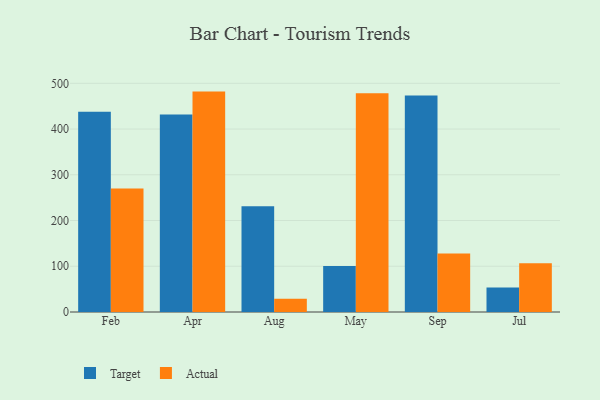
{"axis": {"x": "Month", "y": "Temperature (°C)"}, "legend": ["Actual", "Target"], "data": [{"x": "Feb", "y": 437.9, "type": "Target"}, {"x": "Feb", "y": 270.3, "type": "Actual"}, {"x": "Apr", "y": 432.0, "type": "Target"}, {"x": "Apr", "y": 481.9, "type": "Actual"}, {"x": "Aug", "y": 231.3, "type": "Target"}, {"x": "Aug", "y": 28.8, "type": "Actual"}, {"x": "May", "y": 100.7, "type": "Target"}, {"x": "May", "y": 478.3, "type": "Actual"}, {"x": "Sep", "y": 473.6, "type": "Target"}, {"x": "Sep", "y": 128.1, "type": "Actual"}, {"x": "Jul", "y": 53.4, "type": "Target"}, {"x": "Jul", "y": 106.8, "type": "Actual"}]}